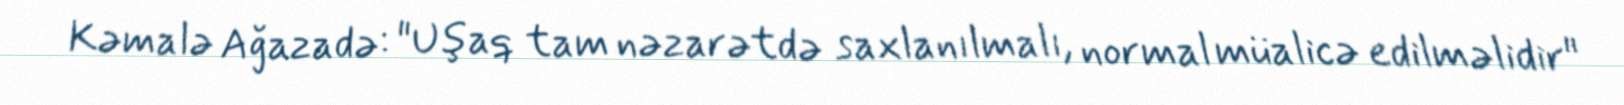
Kəmalə Ağazadə: "Uşaq tam nəzarətdə saxlanılmalı, normal müalicə edilməlidir"